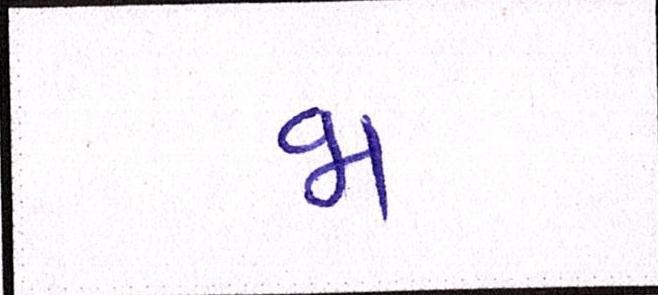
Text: જા